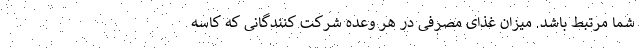
شما مرتبط باشد. میزان غذای مصرفی در هر وعده شرکت کنندگانی که کاسه